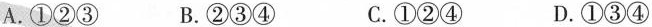
A.①②③ B.②③④ C.①②④ D.①③④